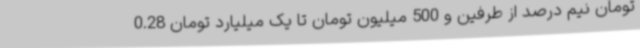
تومان نیم درصد از طرفین و 500 میلیون تومان تا یک میلیارد تومان 0.28